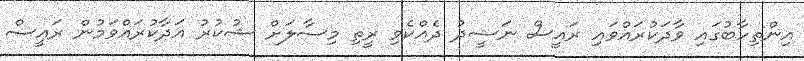
އިންތިހާބުގައި ވާދަކުރައްވައި ރައީސް ނަޝީދު ދެއްކެވި ރީތި މިސާލަށް ޝުކުރު އަދާކުރައްވަމުން ރައީސް